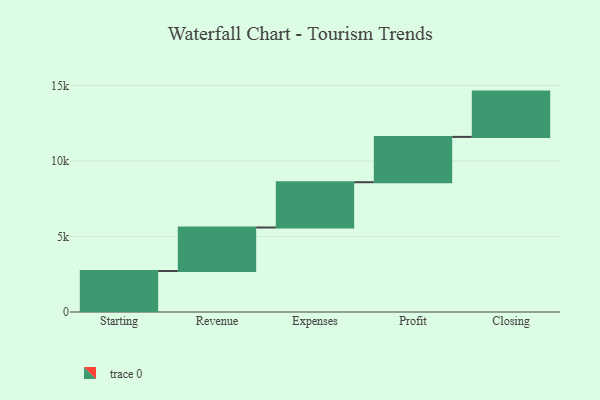
{"axis": {"x": "Step", "y": "Value"}, "legend": [""], "data": [{"x": "Starting", "y": 2713.0, "type": ""}, {"x": "Revenue", "y": 2883.0, "type": ""}, {"x": "Expenses", "y": 3000, "type": ""}, {"x": "Profit", "y": 3000, "type": ""}, {"x": "Closing", "y": 3000, "type": ""}]}